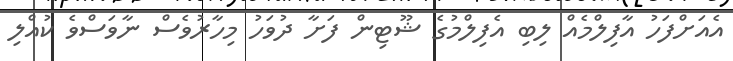
އެއަށްފަހު އާފިލްމެއް ލިބި އެފިލްމުގެ ޝޫޓިން ފަށާ ދުވަހު މިހާރުވެސް ނާވަސްވެ ކުއްލި